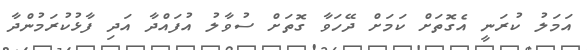
އަމަލު ކުރަނީ އެގޮތަށް ކަމަށް ދޭހަވާ ގޮތަށް ސުވާލު އުފައްދާ އަދި ފާޅުކުރަމުންދާ